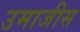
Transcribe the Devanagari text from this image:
उमाजीस